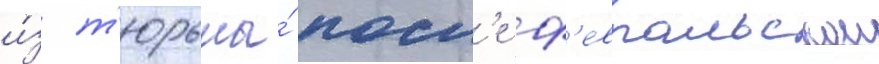
и́з т'юрьмы́ посл'е ф'евральскои